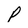
Character: P